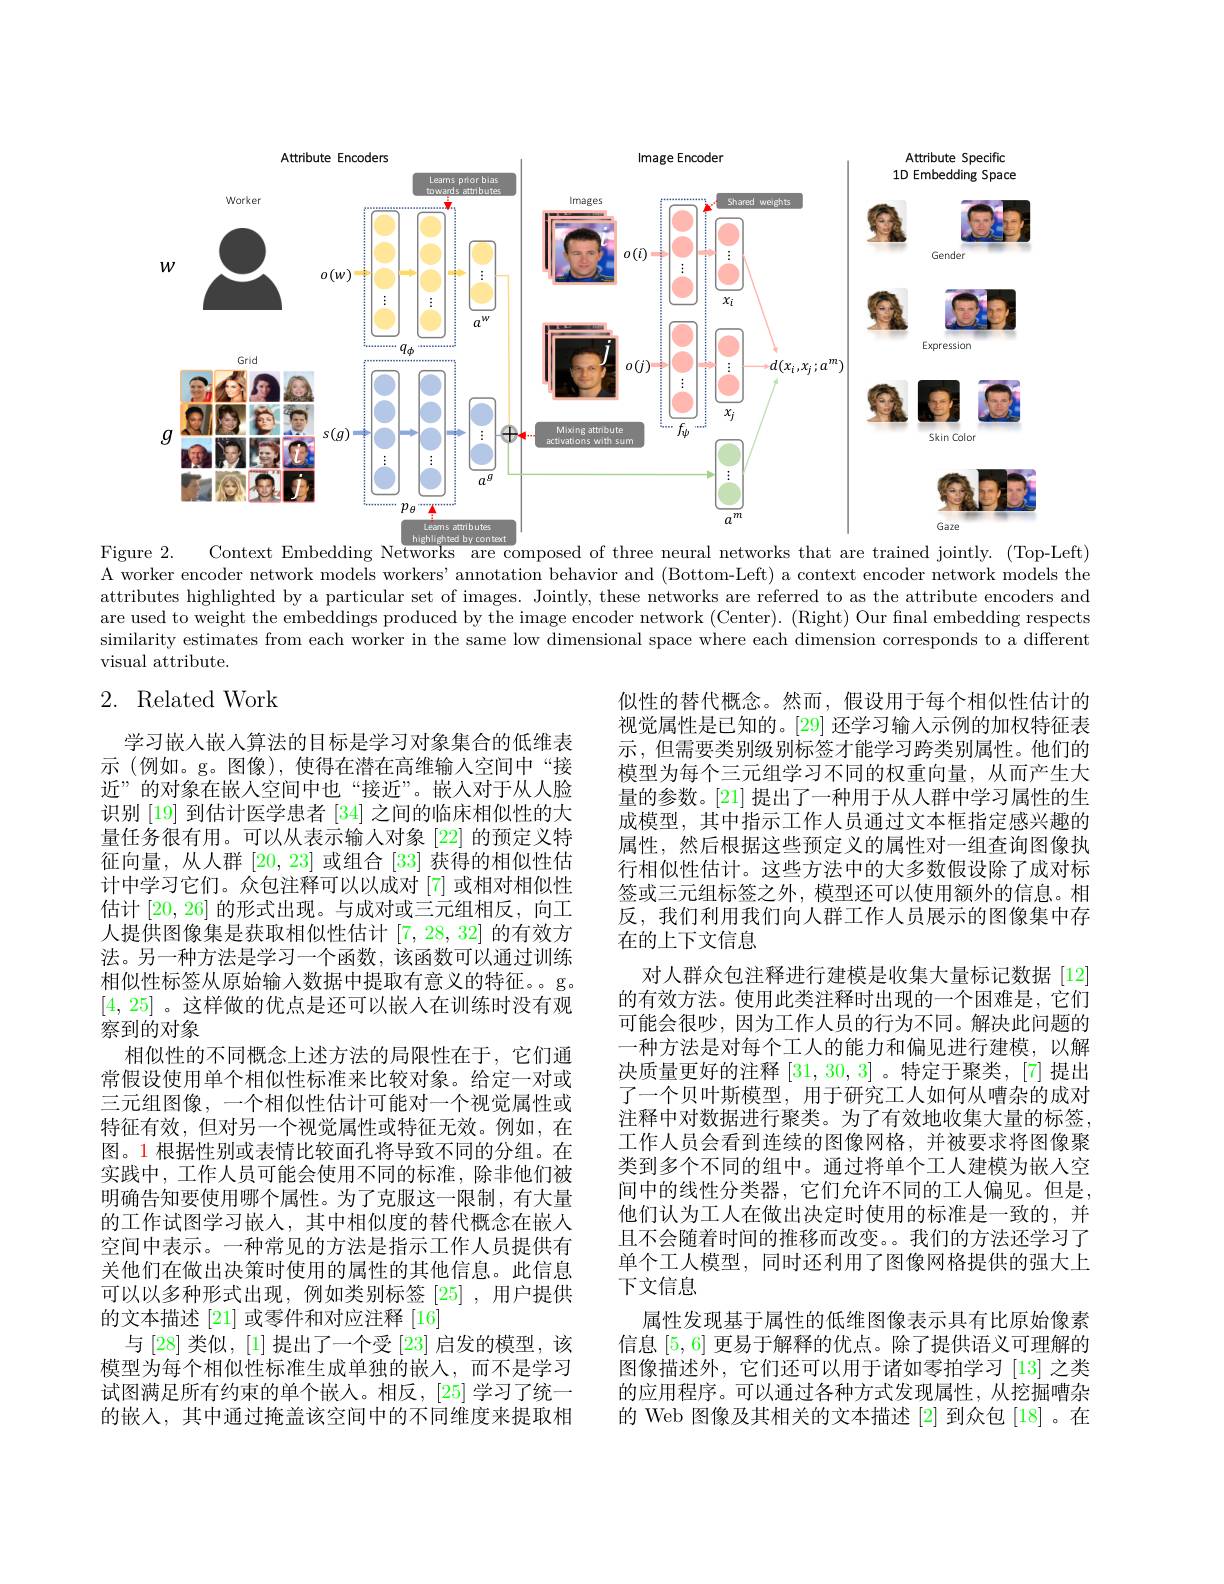
<FigureHere>

Figure 2.
Context Embedding Networks are composed of three neural networks that are trained jointly. (Top-Left)

A worker encoder network models workers' annotation behavior and (Bottom-Left) a context encoder network models the attributes highlighted by a particular set of images. Jointly, these networks are referred to as the attribute encoders and are used to weight the embeddings produced by the image encoder network (Center). (Right) Our fnal embedding respects similarity estimates from each worker in the same low dimensional space where each dimension corresponds to a different visual attribute.

# 2. Related Work

似性的替代概念。然而，假设用于每个相似性估计的视觉属性是已知的。[29] 还学习输人示例的加权特征表示 , 但需要类别级别标签才能学习跨类别属性。他们的模型为每个三元组学习不同的权重向量，从而产生大量的参数。[21] 提出了一种用于从人群中学习属性的生成模型，其中指示工作人员通过文本框指定感兴趣的属性，然后根据这些预定义的属性对一组查询图像执行相似性估计。这些方法中的大多数假设除了成对标签或三元组标签之外，模型还可以使用额外的信息。相反，我们利用我们向人群工作人员展示的图像集中存在的上下文信息
对人群众包注释进行建模是收集大量标记数据[12] 的有效方法。使用此类注释时出现的一个困难是，它们可能会很吵，因为工作人员的行为不同。解决此问题的一种方法是对每个工人的能力和偏见进行建模，以解决质量更好的注释[31,30,3] 。特定于聚类，[7]提出了一个贝叶斯模型，用于研究工人如何从嘈杂的成对注释中对数据进行聚类。为了有效地收集大量的标签， 工作人员会看到连续的图像网格，并被要求将图像聚类到多个不同的组中。通过将单个工人建模为嵌人空间中的线性分类器，它们允许不同的工人偏见。但是， 他们认为工人在做出决定时使用的标准是一致的，并且不会随着时间的推移而改变。。我们的方法还学习了单个工人模型，同时还利用了图像网格提供的强大上下文信息
属性发现基于属性的低维图像表示具有比原始像素信息[5,6]更易于解释的优点。除了提供语义可理解的图像描述外，它们还可以用于诸如零拍学习[13] 之类的应用程序。可以通过各种方式发现属性，从挖掘嘈杂的 Web 图像及其相关的文本描述[2] 到众包[18]。在

学习嵌入嵌入算法的目标是学习对象集合的低维表示 (例如。g。图像),使得在潜在高维输人空间中“接近”的对象在嵌入空间中也“接近”。嵌人对于从人脸识别 [19] 到估计医学患者 [34] 之间的临床相似性的大量任务很有用。可以从表示输人对象 [22] 的预定义特征向量，从人群[20,23]或组合[33]获得的相似性估计中学习它们。众包注释可以以成对[7]或相对相似性估计[20,26]的形式出现。与成对或三元组相反，向工人提供图像集是获取相似性估计[7,28,32]的有效方法。另一种方法是学习一个函数，该函数可以通过训练相似性标签从原始输入数据中提取有意义的特征。。g。[4,25] 。这样做的优点是还可以嵌人在训练时没有观察到的对象
相似性的不同概念上述方法的局限性在于，它们通常假设使用单个相似性标准来比较对象。给定一对或三元组图像，一个相似性估计可能对一个视觉属性或特征有效，但对另一个视觉属性或特征无效。例如，在图。1 根据性别或表情比较面孔将导致不同的分组。在实践中，工作人员可能会使用不同的标准，除非他们被明确告知要使用哪个属性。为了克服这一限制，有大量的工作试图学习嵌人，其中相似度的替代概念在嵌入空间中表示。一种常见的方法是指示工作人员提供有关他们在做出决策时使用的属性的其他信息。此信息可以以多种形式出现，例如类别标签[25],用户提供的文本描述[21]或零件和对应注释[16]
与 [28] 类似，[1] 提出了一个受 [23] 启发的模型，该模型为每个相似性标准生成单独的嵌人，而不是学习试图满足所有约束的单个嵌入。相反，[25]学习了统一的嵌入，其中通过掩盖该空间中的不同维度来提取相